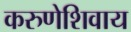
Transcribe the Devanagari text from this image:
करुणेशिवाय